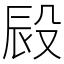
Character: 㲀